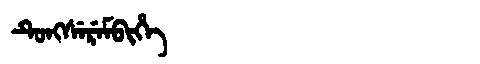
Manchu: ᡨᡠᠩᠰᡝᡵᡝᠮᠪᡳᡥᡝ
Romanization: TUNGSEREMBIHE